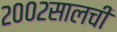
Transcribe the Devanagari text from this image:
२००२सालची